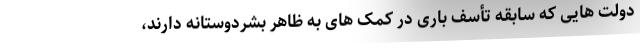
دولت هایی که سابقه تأسف باری در کمک های به ظاهر بشردوستانه دارند،